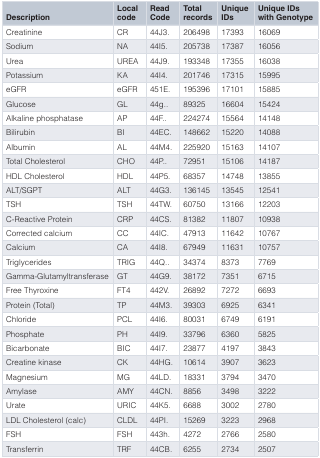
<table><thead><tr><td><b>Description</b></td><td><b>Localcode</b></td><td><b>ReadCode</b></td><td><b>Totalrecords</b></td><td><b>UniqueIDs</b></td><td><b>Unique IDswith Genotype</b></td></tr></thead><tbody><tr><td>Creatinine</td><td>CR</td><td>44J3.</td><td>206498</td><td>17393</td><td>16069</td></tr><tr><td>Sodium</td><td>NA</td><td>44I5.</td><td>205738</td><td>17387</td><td>16056</td></tr><tr><td>Urea</td><td>UREA</td><td>44J9.</td><td>193348</td><td>17355</td><td>16038</td></tr><tr><td>Potassium</td><td>KA</td><td>44I4.</td><td>201746</td><td>17315</td><td>15995</td></tr><tr><td>eGFR</td><td>eGFR</td><td>451E.</td><td>195396</td><td>17101</td><td>15885</td></tr><tr><td>Glucose</td><td>GL</td><td>44g..</td><td>89325</td><td>16604</td><td>15424</td></tr><tr><td>Alkaline phosphatase</td><td>AP</td><td>44F..</td><td>224274</td><td>15564</td><td>14148</td></tr><tr><td>Bilirubin</td><td>BI</td><td>44EC.</td><td>148662</td><td>15220</td><td>14088</td></tr><tr><td>Albumin</td><td>AL</td><td>44M4.</td><td>225920</td><td>15163</td><td>14107</td></tr><tr><td>Total Cholesterol</td><td>CHO</td><td>44P..</td><td>72951</td><td>15106</td><td>14187</td></tr><tr><td>HDL Cholesterol</td><td>HDL</td><td>44P5.</td><td>68357</td><td>14748</td><td>13855</td></tr><tr><td>ALT/SGPT</td><td>ALT</td><td>44G3.</td><td>136145</td><td>13545</td><td>12541</td></tr><tr><td>TSH</td><td>TSH</td><td>44TW.</td><td>60750</td><td>13166</td><td>12203</td></tr><tr><td>C-Reactive Protein</td><td>CRP</td><td>44CS.</td><td>81382</td><td>11807</td><td>10938</td></tr><tr><td>Corrected calcium</td><td>CC</td><td>44IC.</td><td>47913</td><td>11642</td><td>10767</td></tr><tr><td>Calcium</td><td>CA</td><td>44I8.</td><td>67949</td><td>11631</td><td>10757</td></tr><tr><td>Triglycerides</td><td>TRIG</td><td>44Q..</td><td>34374</td><td>8373</td><td>7769</td></tr><tr><td>Gamma-Glutamyltransferase</td><td>GT</td><td>44G9.</td><td>38172</td><td>7351</td><td>6715</td></tr><tr><td>Free Thyroxine</td><td>FT4</td><td>442V.</td><td>26892</td><td>7272</td><td>6693</td></tr><tr><td>Protein (Total)</td><td>TP</td><td>44M3.</td><td>39303</td><td>6925</td><td>6341</td></tr><tr><td>Chloride</td><td>PCL</td><td>44I6.</td><td>80031</td><td>6749</td><td>6191</td></tr><tr><td>Phosphate</td><td>PH</td><td>44I9.</td><td>33796</td><td>6360</td><td>5825</td></tr><tr><td>Bicarbonate</td><td>BIC</td><td>44I7.</td><td>23877</td><td>4197</td><td>3843</td></tr><tr><td>Creatine kinase</td><td>CK</td><td>44HG.</td><td>10614</td><td>3907</td><td>3623</td></tr><tr><td>Magnesium</td><td>MG</td><td>44LD.</td><td>18331</td><td>3794</td><td>3470</td></tr><tr><td>Amylase</td><td>AMY</td><td>44CN.</td><td>8856</td><td>3498</td><td>3222</td></tr><tr><td>Urate</td><td>URIC</td><td>44K5.</td><td>6688</td><td>3002</td><td>2780</td></tr><tr><td>LDL Cholesterol (calc)</td><td>CLDL</td><td>44PI.</td><td>15269</td><td>3223</td><td>2968</td></tr><tr><td>FSH</td><td>FSH</td><td>443h.</td><td>4272</td><td>2766</td><td>2580</td></tr><tr><td>Transferrin</td><td>TRF</td><td>44CB.</td><td>6255</td><td>2734</td><td>2507</td></tr></tbody></table>